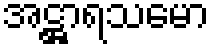
အဋ္ဌာရသမော